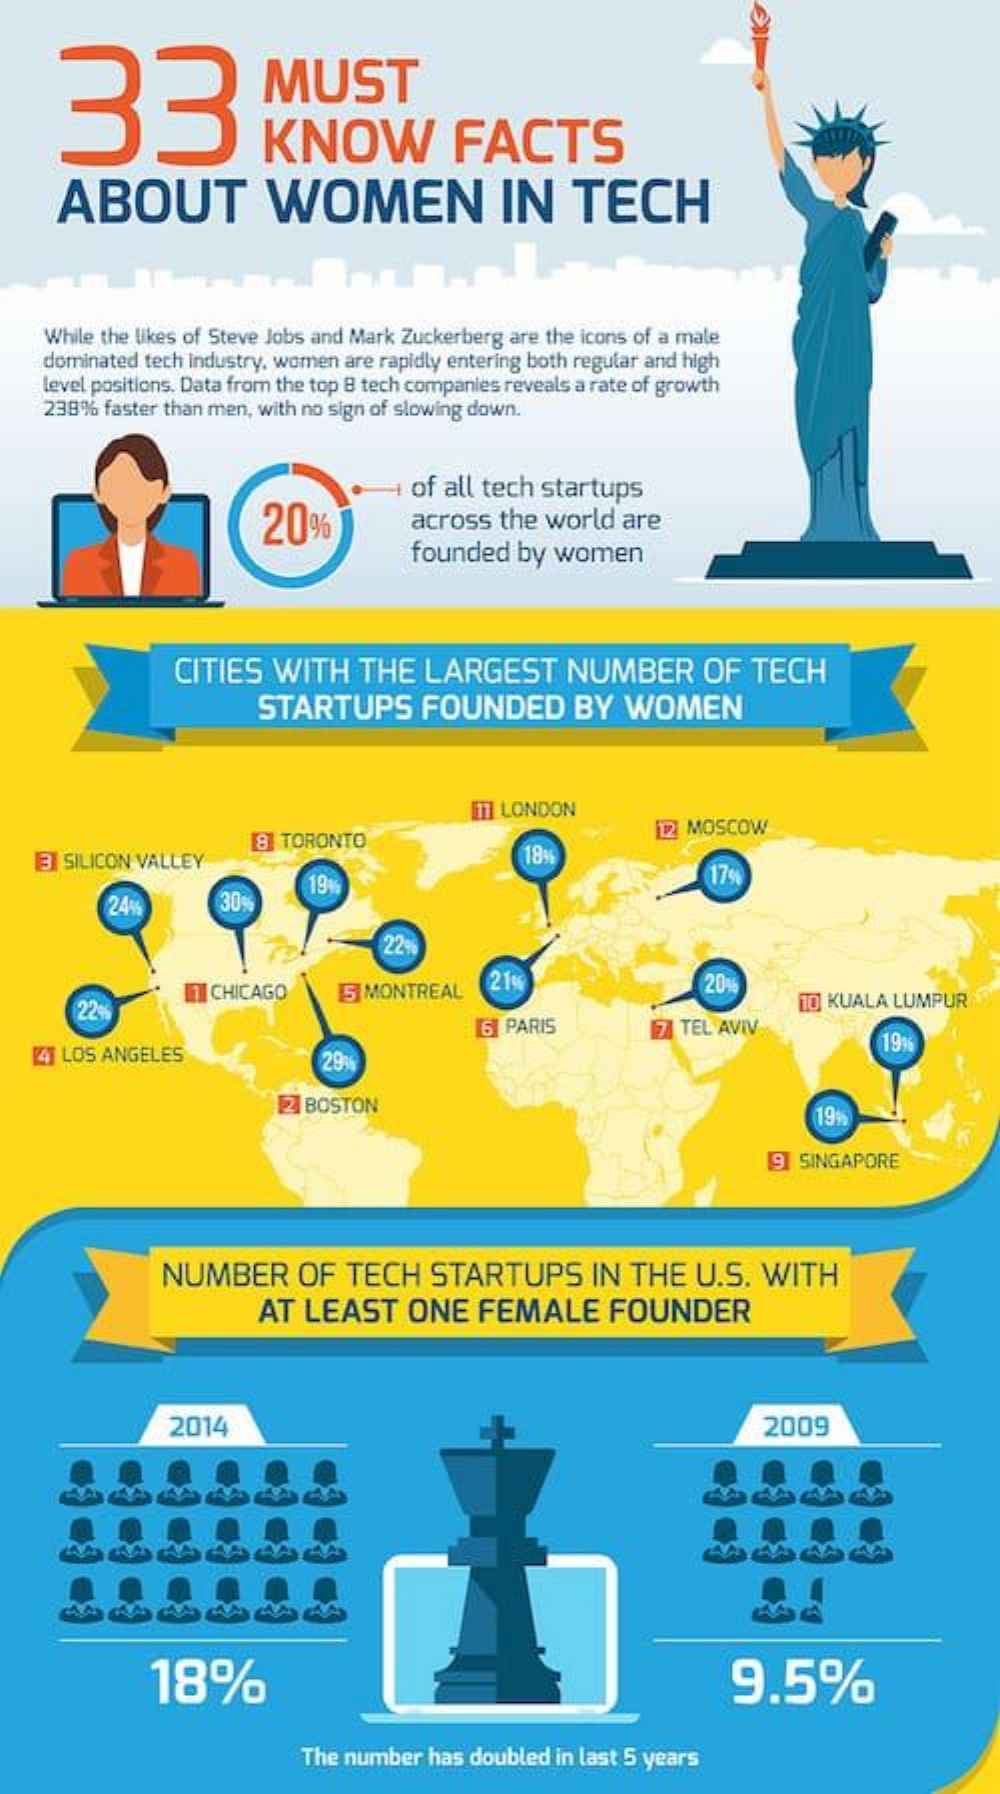
33
     MUST
     KNOW    FACTS
     ABOUT    WOMEN    IN    TECH
     While the likes of Steve Jobs and Mark Zuckerberg are the icons of a male
    dominated tech industry, women are rapidly entering both regular and high
    level positions. Data from the top 8 tech companies reveals a rate of growth
    238%  faster than men, with no sign of slowing down.
     20%
     of all tech startups
     across the  world  are
     founded  by  women
     CITIES   WITH    THE   LARGEST    NUMBER    OF   TECH
     STARTUPS    FOUNDED    BY   WOMEN
     ET LONDON
     8 TORONTO    12 MOSCOW
    3 SILICON VALLEY    18%
     19%    179
     244    30%
     22%
     22%
     In CHICAGO    15 MONTREAL
     21%    2016
     10 KUALA LUMPUR
     6 PARIS    17 TEL AVIV
   [4] LOS ANGELES    29%
     19%
     [2 BOSTON    19%
     19 SINGAPORE
     NUMBER    OF  TECH    STARTUPS    IN  THE   U.S.  WITH
     AT LEAST    ONE   FEMALE    FOUNDER
     2014    2009
     18%    9.5%
     The number  has doubled in last 5 years